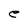
Character: e